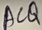
Text: ACQ